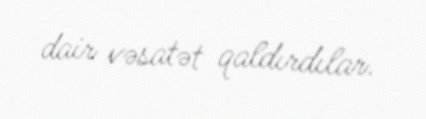
dair vəsatət qaldırdılar.